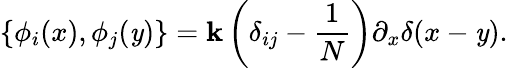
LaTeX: \left\{ \phi_{i}(x),\phi_{j}(\mathit{y})\right\} =\mathbf{k}\left(\delta_{ij}-\frac{{1}}{{N}}\right)\partial_{x}\delta(x-\mathit{y}).